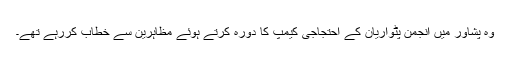
وہ پشاور میں انجمن پٹواریان کے احتجاجی کیمپ کا دورہ کرتے ہوئے مظاہرین سے خطاب کررہے تھے۔